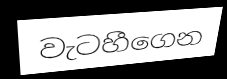
වැටහීගෙන